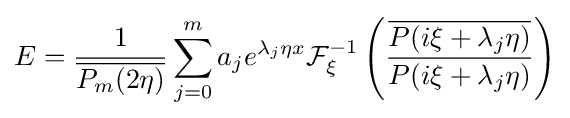
E={\frac {1}{\overline {P_{m}(2\eta )}}}\sum _{j=0}^{m}a_{j}e^{\lambda _{j}\eta x}{\mathcal {F}}_{\xi }^{-1}\left({\frac {\overline {P(i\xi +\lambda _{j}\eta )}}{P(i\xi +\lambda _{j}\eta )}}\right)